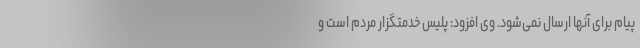
پیام برای آنها ارسال نمی‌شود. وی افزود: پلیس خدمتگزار مردم است و